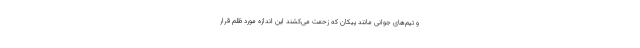
و تیم‌های جوانی مانند پیکان که زحمت می‌کشند این اندازه مورد ظلم قرار